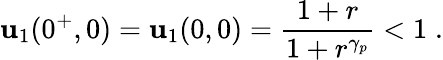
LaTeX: \mathbf{u}_{1}(0^{+},0)=\mathbf{u}_{1}(0,0)=\frac{{1+r}}{{1+r^{\gamma_{p}}}}<1\; .